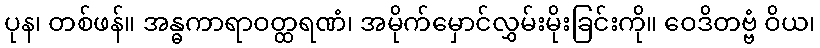
ပုန၊ တစ်ဖန်။ အန္ဓကာရာဝတ္ထရဏံ၊ အမိုက်မှောင်လွှမ်းမိုးခြင်းကို။ ဝေဒိတဗ္ဗံ ဝိယ၊